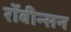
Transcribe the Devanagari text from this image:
रॉबीन्सन